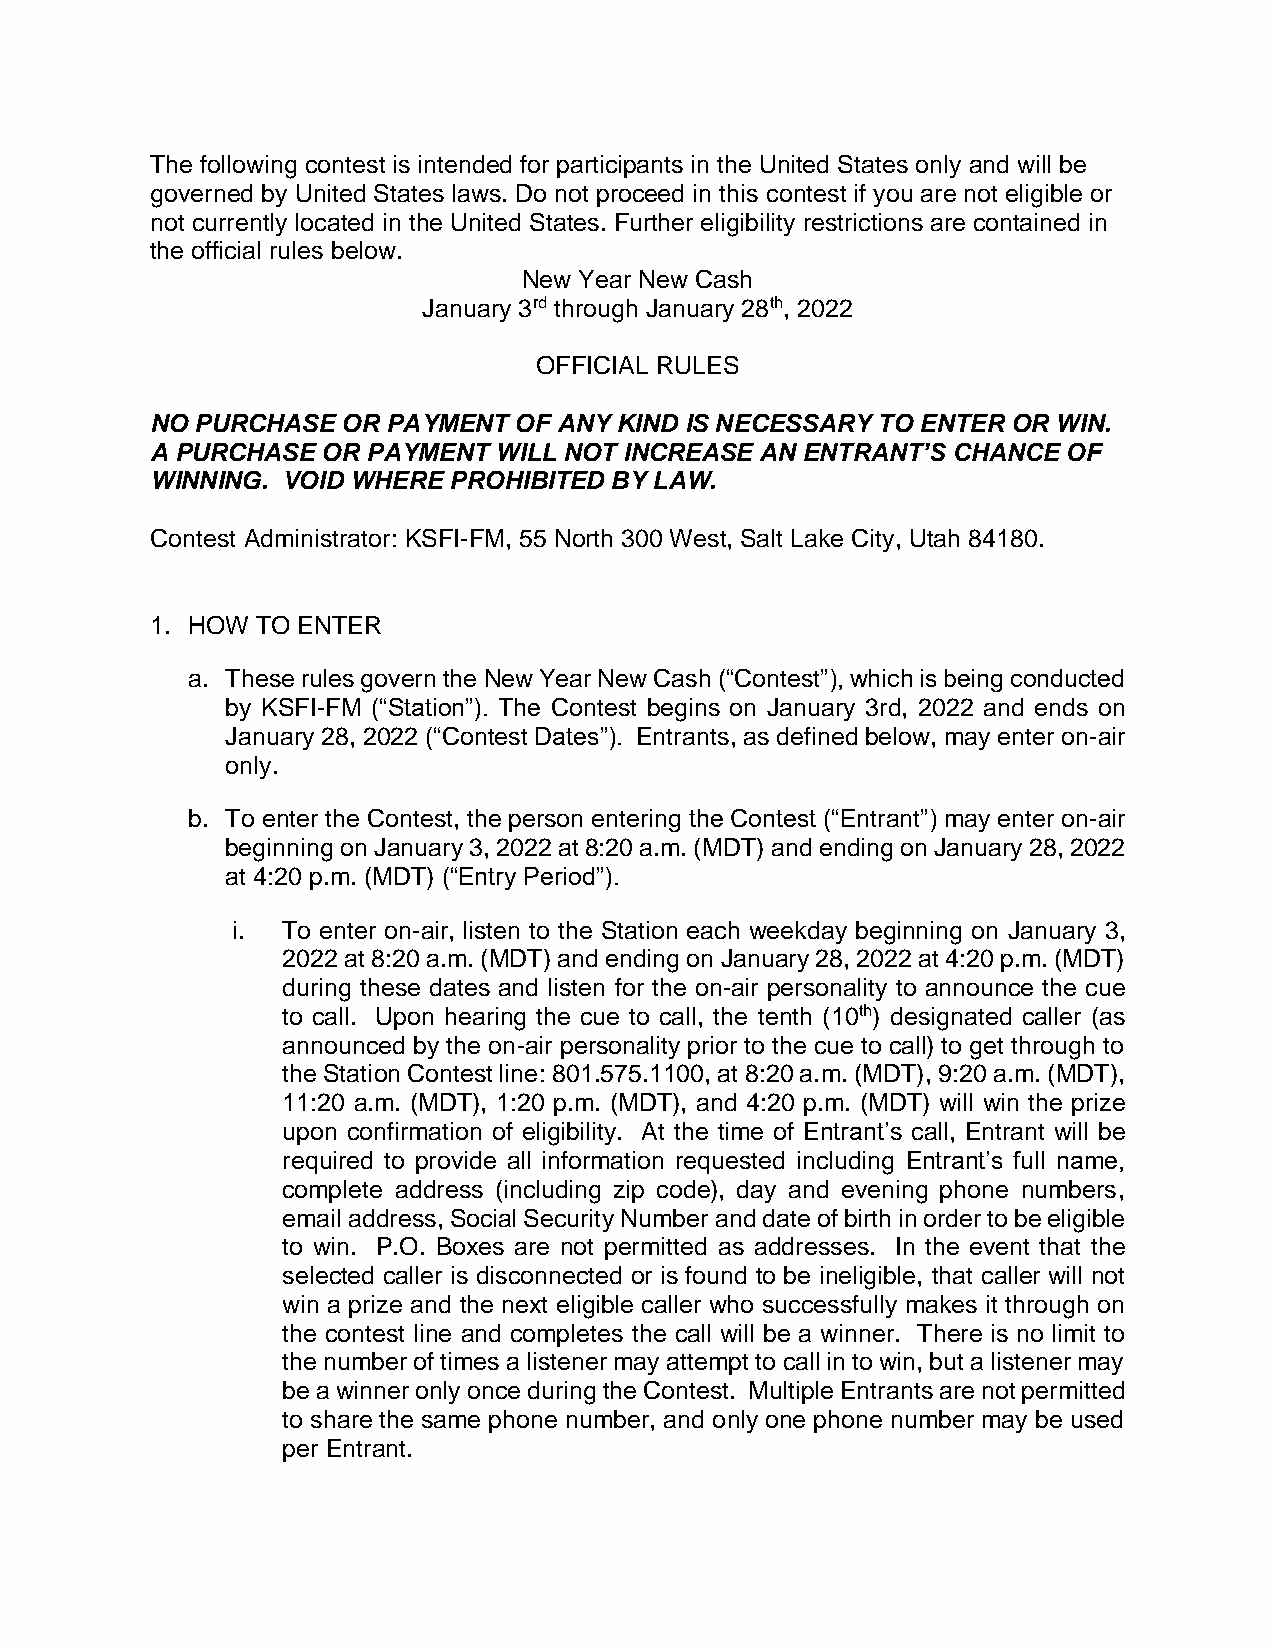
The following contest is intended for participants in the United States only and will be
 governed by United States laws. Do not proceed in this contest if you are not eligible or
 not currently located in the United States. Further eligibility restrictions are contained in
 the official rules below.
 New Year New Cash
 January 3rd through January 28th, 2022
 OFFICIAL RULES
 NO PURCHASE  OR PAYMENT OF ANY KIND IS NECESSARY TO ENTER OR WIN.
 A PURCHASE OR PAYMENT  WILL NOT INCREASE AN ENTRANT’S CHANCE OF
 WINNING. VOID WHERE PROHIBITED BY LAW.
 Contest Administrator: KSFI-FM, 55 North 300 West, Salt Lake City, Utah 84180.
 1. HOW TO ENTER
 a. These rules govern the New Year New Cash (“Contest”), which is being conducted
 by KSFI-FM (“Station”). The Contest begins on January 3rd, 2022 and ends on
 January 28, 2022 (“Contest Dates”). Entrants, as defined below, may enter on-air
 only.
 b. To enter the Contest, the person entering the Contest (“Entrant”) may enter on-air
 beginning on January 3, 2022 at 8:20 a.m. (MDT) and ending on January 28, 2022
 at 4:20 p.m. (MDT) (“Entry Period”).
 i.  To enter on-air, listen to the Station each weekday beginning on January 3,
 2022 at 8:20 a.m. (MDT) and ending on January 28, 2022 at 4:20 p.m. (MDT)
 during these dates and listen for the on-air personality to announce the cue
 to call. Upon hearing the cue to call, the tenth (10th) designated caller (as
 announced by the on-air personality prior to the cue to call) to get through to
 the Station Contest line: 801.575.1100, at 8:20 a.m. (MDT), 9:20 a.m. (MDT),
 11:20 a.m. (MDT), 1:20 p.m. (MDT), and 4:20 p.m. (MDT) will win the prize
 upon confirmation of eligibility. At the time of Entrant’s call, Entrant will be
 required to provide all information requested including Entrant’s full name,
 complete address (including zip code), day and evening phone numbers,
 email address, Social Security Number and date of birth in order to be eligible
 to win. P.O. Boxes are not permitted as addresses. In the event that the
 selected caller is disconnected or is found to be ineligible, that caller will not
 win a prize and the next eligible caller who successfully makes it through on
 the contest line and completes the call will be a winner. There is no limit to
 the number of times a listener may attempt to call in to win, but a listener may
 be a winner only once during the Contest. Multiple Entrants are not permitted
 to share the same phone number, and only one phone number may be used
 per Entrant.